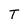
Character: T